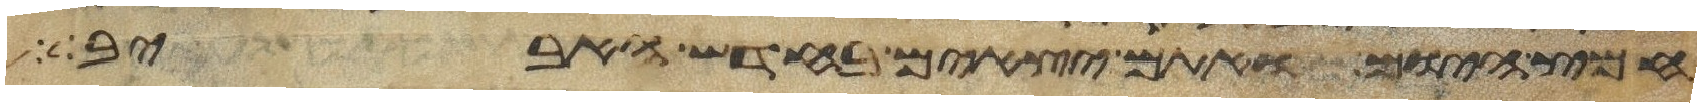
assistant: חמץ היום ואתם יוצאים בחדש האביב